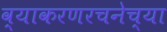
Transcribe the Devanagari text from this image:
व्याकरणरचनेच्या